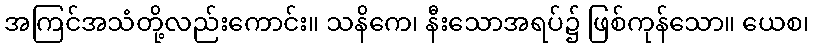
အကြင်အသံတို့လည်းကောင်း။ သနိကေ၊ နီးသောအရပ်၌ ဖြစ်ကုန်သော။ ယေစ၊